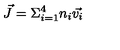
\vec { J } = \Sigma _ { i = 1 } ^ { 4 } n _ { i } \vec { v _ { i } }